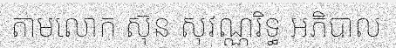
តាមលោក ស៊ុន សុវណ្ណរិទ្ធ អភិបាល